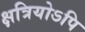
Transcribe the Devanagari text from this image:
क्षत्रियोऽपि